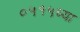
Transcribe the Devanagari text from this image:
०५१५च्या